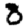
Digit: 8